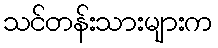
သင်တန်းသားများက